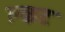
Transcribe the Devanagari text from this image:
क्लट